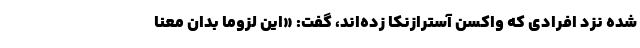
شده نزد افرادی که واکسن آسترازنکا زده‌اند، گفت: «این لزوماً بدان معنا